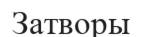
Затворы